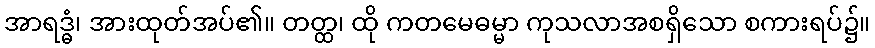
အာရဒ္ဓံ၊ အားထုတ်အပ်၏။ တတ္ထ၊ ထို ကတမေဓမ္မာ ကုသလာအစရှိသော စကားရပ်၌။